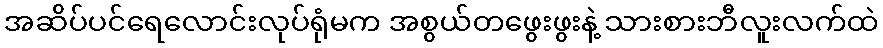
အဆိပ်ပင်ရေလောင်းလုပ်ရုံမက အစွယ်တဖွေးဖွးနဲ့ သားစားဘီလူးလက်ထဲ